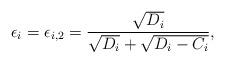
LaTeX: \begin{align*}\epsilon_i = {\epsilon_{i,2}} = \frac{{\sqrt {{D_i}} }}{{\sqrt {{D_i}} + \sqrt {{D_i} - {C_i}} }}, \end{align*}